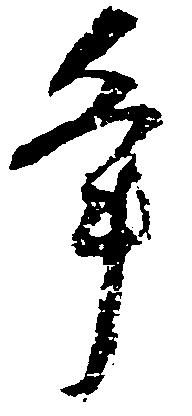
争